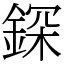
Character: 𨨥